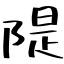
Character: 隄